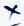
Text: K